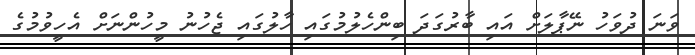
ވަނަ ދުވަހު ނޭޕާލަށް އައި ބާރުގަދަ ބިންހެލުމުގައި ހާލުގައި ޖެހުނު މީހުންނަށް އެހީވުމުގެ